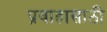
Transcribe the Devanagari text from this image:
प्रवाहासाठी